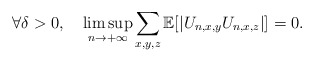
\begin{align*}\forall\delta>0,\ \ \ \limsup_{n\rightarrow+\infty}\sum_{x,y,z}\mathbb E[|U_{n,x,y}U_{n,x,z}|]=0.\end{align*}